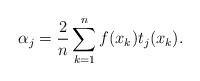
LaTeX: \begin{align*}\alpha _{j}=\frac{2}{n}\sum ^{n}_{k=1}f(x_{k})t_{j}(x_{k}).\end{align*}